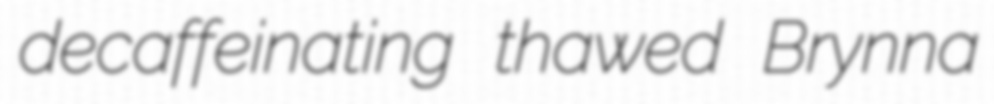
decaffeinating thawed Brynna